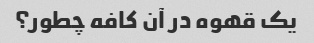
یک قهوه در آن کافه چطور؟